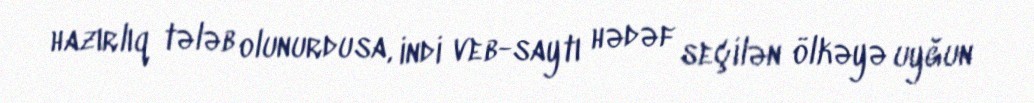
hazırlıq tələb olunurdusa, indi veb-saytı hədəf seçilən ölkəyə uyğun